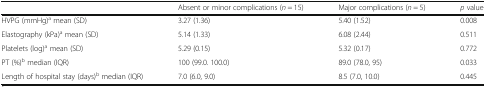
<table><thead><tr><td></td><td><b>Absent or minor complications (<i>n</i> = 15)</b></td><td><b>Major complications (<i>n</i> = 5)</b></td><td><b><i>p</i> value</b></td></tr></thead><tbody><tr><td>HVPG (mmHg)<sup>a</sup> mean (SD)</td><td>3.27 (1.36)</td><td>5.40 (1.52)</td><td>0.008</td></tr><tr><td>Elastography (kPa)<sup>a</sup> mean (SD)</td><td>5.14 (1.33)</td><td>6.08 (2.44)</td><td>0.511</td></tr><tr><td>Platelets (log)<sup>a</sup> mean (SD)</td><td>5.29 (0.15)</td><td>5.32 (0.17)</td><td>0.772</td></tr><tr><td>PT (%)<sup>b</sup> median (IQR)</td><td>100 (99.0. 100.0)</td><td>89.0 (78.0, 95)</td><td>0.033</td></tr><tr><td>Length of hospital stay (days)<sup>b</sup> median (IQR)</td><td>7.0 (6.0, 9.0)</td><td>8.5 (7.0, 10.0)</td><td>0.445</td></tr></tbody></table>